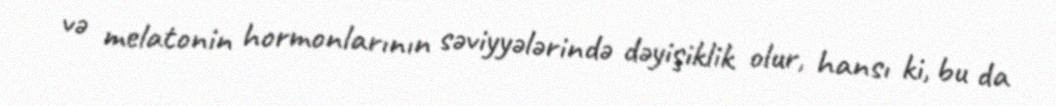
və melatonin hormonlarının səviyyələrində dəyişiklik olur, hansı ki, bu da